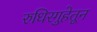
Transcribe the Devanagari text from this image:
रुधिरगुहेतून